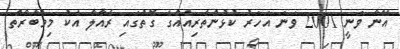
އޭނާ ވަނީ 2001 ވަނަ އަހަރު ކުޅުންތެރިއެއްގެ ގޮތުގައި ރެއާލާ އެކު މިމުބާރާތް